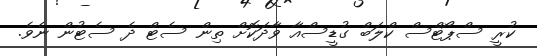
ކުރީ ސްޕޯޓްސް ކްލަބް ގުޑީސްއާ ވާދަކޮށް ތިން ސެޓް ދެ ސެޓުން ނެވެ.